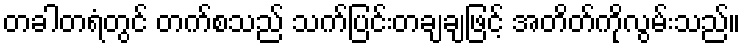
တခါတရံတွင် တက်စသည် သက်ပြင်းတချချဖြင့် အတိတ်ကိုလွမ်းသည်။